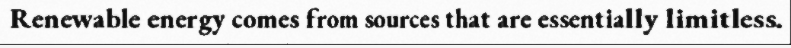
Renewable energy comes from sources that are essentially limitless.